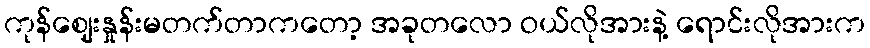
ကုန်ဈေးနှုန်းမတက်တာကတော့ အခုတလော ဝယ်လိုအားနဲ့ ရောင်းလိုအားက